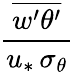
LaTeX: \frac{\overline{{w^{\prime}\theta^{\prime}}}}{u_{*}\, \sigma_{\theta}}